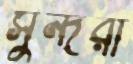
সুন্দরী